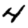
Digit: 4